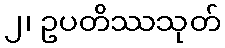
၂၊ ဥပတိဿသုတ်